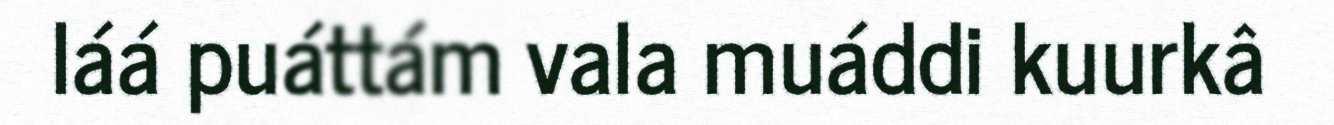
láá puáttám vala muáddi kuurkâ